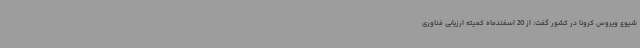
شیوع ویروس کرونا در کشور گفت: از 20 اسفندماه کمیته ارزیابی فناوری